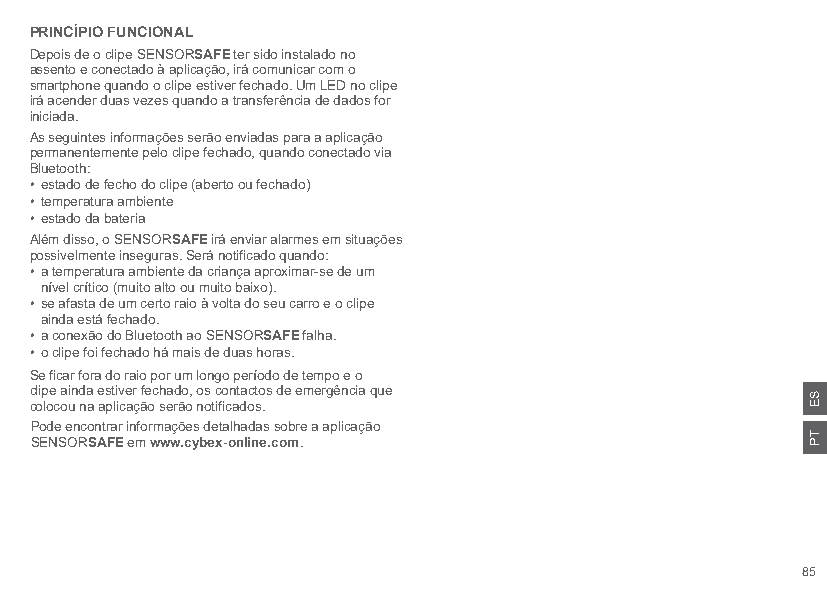
PRINCÍPIO FUNCIONAL
 Depois de o clipe SENSORSAFE ter sido instalado no
 assento e conectado à aplicação, irá comunicar com o
 smartphone quando o clipe estiver fechado. Um LED no clipe
 irá acender duas vezes quando a transferência de dados for
 iniciada.
 As seguintes informações serão enviadas para a aplicação
 permanentemente pelo clipe fechado, quando conectado via
 Bluetooth:
 • estado de fecho do clipe (aberto ou fechado)
 • temperatura ambiente
 • estado da bateria
 Além disso, o SENSORSAFE irá enviar alarmes em situações
 possivelmente inseguras. Será notificado quando:
 • a temperatura ambiente da criança aproximar-se de um
 nível crítico (muito alto ou muito baixo).
 • se afasta de um certo raio à volta do seu carro e o clipe
 ainda está fechado.
 • a conexão do Bluetooth ao SENSORSAFE falha.
 • o clipe foi fechado há mais de duas horas.
 Se ficar fora do raio por um longo período de tempo e o
 clipe ainda estiver fechado, os contactos de emergência que
 colocou na aplicação serão notificados.
 Pode encontrar informações detalhadas sobre a aplicação
 SENSORSAFE em www.cybex-online.com.
 85
 SE
 TP